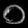
Digit: ၀